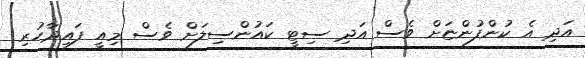
އަދި އެ ކުންފުންޏަށް ވެސް އަދި ސިޓީ ކައުންސިލަށް ވެސް މިއީ ފައިދާހުރި